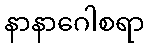
နာနာဂေါစရာ